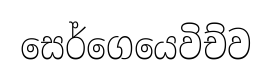
සෙර්ගෙයෙවිච්ව